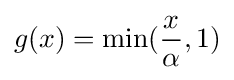
g(x)=\min({\frac {x}{\alpha }},1)